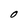
Character: O